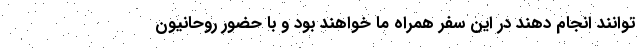
توانند انجام دهند در این سفر همراه ما خواهند بود و با حضور روحانیون